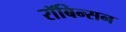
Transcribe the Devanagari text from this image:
रॉबिन्सन